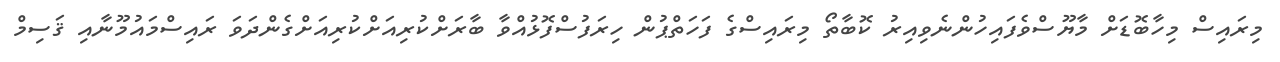
މިރައިސް މިހާބޮޑަށް މާޔޫސްވެފައިހުންނެވިއިރު ކޮބާތޯ މިރައިސްގެ ފަހަތްޕުން ހިރަފުސްފޮޅުއްވާ ބާރަށްކުރިއަށްކުރިއަށްގެންދަވަ ރައިސްމައުމޫނާއި ޤަސިމް